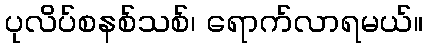
ပုလိပ်စနစ်သစ်၊ ရောက်လာရမယ်။